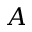
A